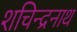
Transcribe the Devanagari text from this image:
शचिन्द्रनाथ